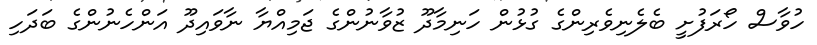
ހުވާސް ހޯރަފުށީ ބެލެނިވެރިންގެ ގުޅުން ހަނިމާދޫ ޒުވާނުންގެ ޖަމިއްޔާ ނާވައިދޫ އަންހެނުންގެ ބަދަހި